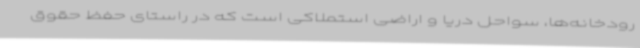
رودخانه‌ها، سواحل دریا و اراضی استملاکی است که در راستای حفظ حقوق